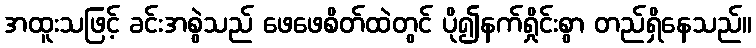
အထူးသဖြင့် ခင်းအစွဲသည် ဖေဖေစိတ်ထဲတွင် ပို၍နက်ရှိုင်းစွာ တည်ရှိနေသည်။